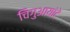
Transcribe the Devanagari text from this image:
चिगुआयांटे